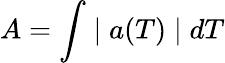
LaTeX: A=\int\mid a(T)\mid dT